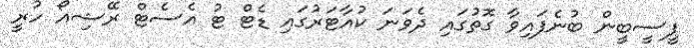
ޕީސީބީން ބުނެފައިވާ ގޮތުގައި ދެވަނަ ކުއާޓަރުގައި ޑެޓް ޓު އެސެޓް ރޭޝިއޯ ހުރީ